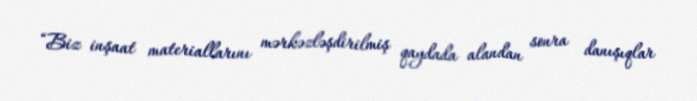
“Biz inşaat materiallarını mərkəzləşdirilmiş qaydada alandan sonra danışıqlar